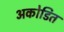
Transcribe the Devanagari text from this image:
अकोडित